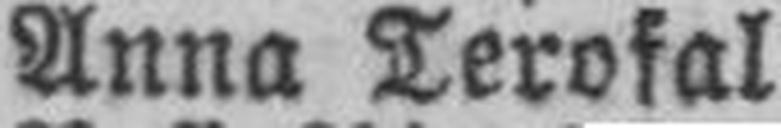
Anna Terofal